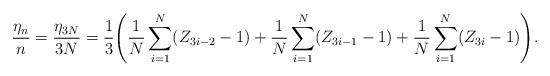
LaTeX: \begin{align*}\frac{\eta_n}{n}=\frac{\eta_{3N}}{3N} &=\frac{1}{3} \Biggl(\frac{1}{N}\sum_{i=1}^N(Z_{3i-2}-1) +\frac{1}{N}\sum_{i=1}^N(Z_{3i-1}-1)+\frac{1}{N}\sum_{i=1}^N(Z_{3i}-1)\Biggr).\end{align*}